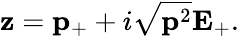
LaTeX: {\mathbf z}={\mathbf p}_{+}+i\sqrt{{\mathbf p^{2}}}{\mathbf E}_{+}.